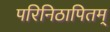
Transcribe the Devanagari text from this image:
परिनिठापितम्